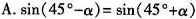
A.$$\sin(45^{\circ}-\alpha )=\sin(45^{\circ}+\alpha )$$